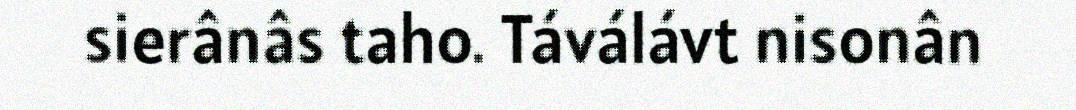
sierânâs taho. Táválávt nisonân